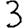
Digit: 3